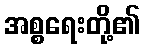
အစ္စရေးတို့၏